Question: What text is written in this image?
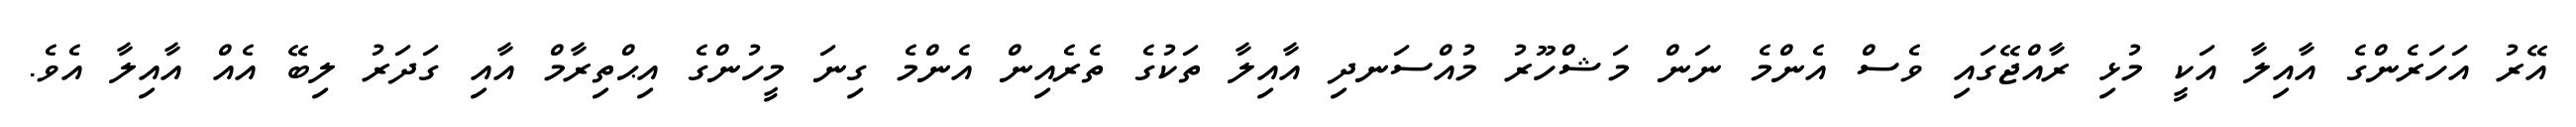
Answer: އޭރު އަހަރެންގެ އާއިލާ އަކީ މުޅި ރާއްޖޭގައި ވެސް އެންމެ ނަން މަޝްހޫރު މުއްސަނދި އާއިލާ ތަކުގެ ތެރެއިން އެންމެ ގިނަ މީހުންގެ އިޙްތިރާމް އާއި ގަދަރު ލިބޭ އެއް އާއިލާ އެވެ.